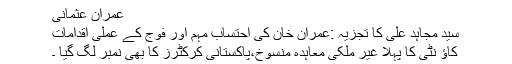
عمران عثمانی
سید مجاہد علی کا تجزیہ :عمران خان کی احتساب مہم اور فوج کے عملی اقدامات
کاؤ نٹی کا پہلا غیر ملکی معاہدہ منسوخ،پاکستانی کرکٹرز کا بھی نمبر لگ گیا ۔